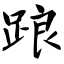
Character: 踉